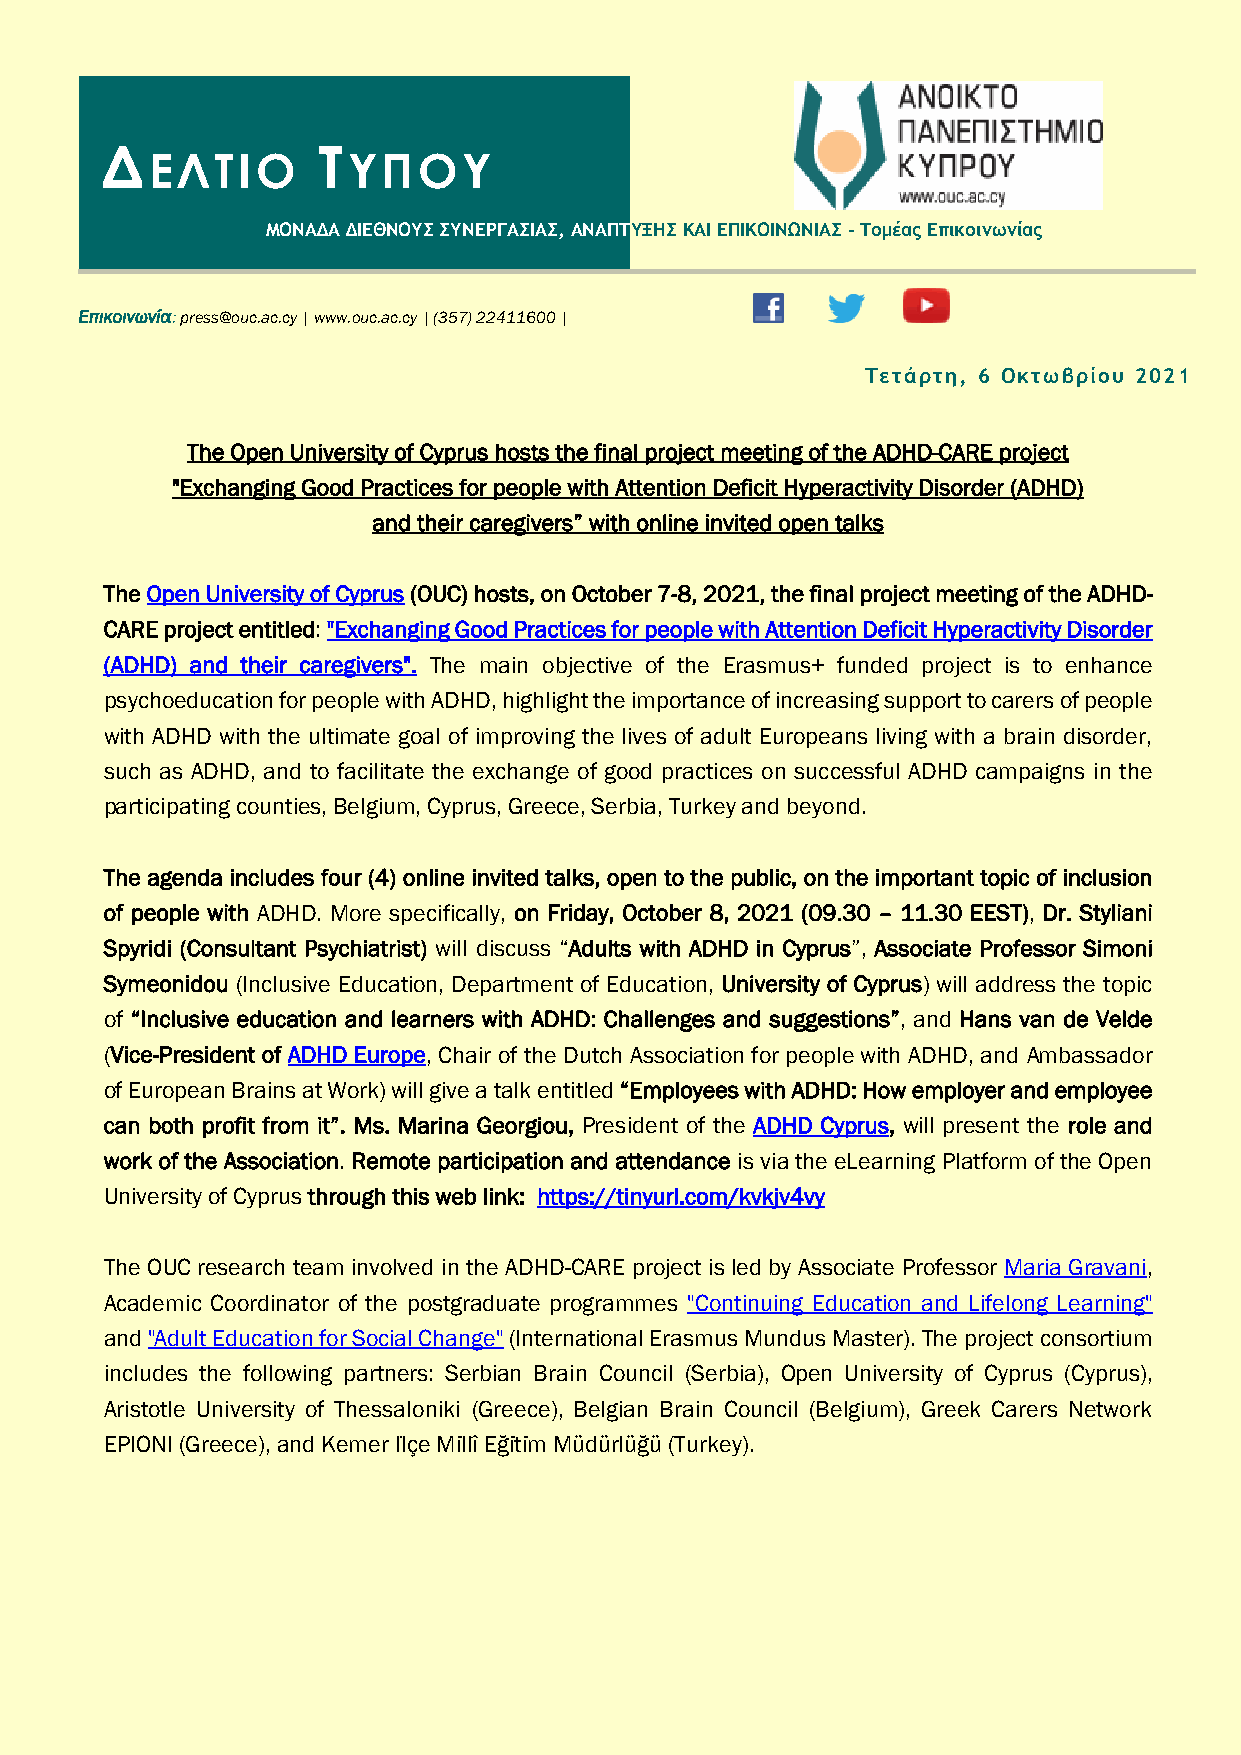
Δ             Τ
 ΕΛΤΙΟ        ΥΠΟΥ
 ΜΟΝΑΔΑ ΔΙΕΘΝΟΥΣ ΣΥΝΕΡΓΑΣΙΑΣ, ΑΝΑΠΤΥΞΗΣ ΚΑΙ ΕΠΙΚΟΙΝΩΝΙΑΣ - Τομέας Επικοινωνίας
 Επικοινωνία: press@ouc.ac.cy | www.ouc.ac.cy | (357) 22411600 |
 Τετάρτη, 6 Οκτωβρίου 2021
 The Open University of Cyprus hosts the final project meeting of the ADHD-CARE project
 "Exchanging Good Practices for people with Attention Deficit Hyperactivity Disorder (ADHD)
 and their caregivers” with online invited open talks
 The Open University of Cyprus (OUC) hosts, on October 7-8, 2021, the final project meeting of the ADHD-
 CARE project entitled: "Exchanging Good Practices for people with Attention Deficit Hyperactivity Disorder
 (ADHD) and their caregivers". The main objective of the Erasmus+ funded project is to enhance
 psychoeducation for people with ADHD, highlight the importance of increasing support to carers of people
 with ADHD with the ultimate goal of improving the lives of adult Europeans living with a brain disorder,
 such as ADHD, and to facilitate the exchange of good practices on successful ADHD campaigns in the
 participating counties, Belgium, Cyprus, Greece, Serbia, Turkey and beyond.
 The agenda includes four (4) online invited talks, open to the public, on the important topic of inclusion
 of people with ADHD. More specifically, on Friday, October 8, 2021 (09.30 – 11.30 EEST), Dr. Styliani
 Spyridi (Consultant Psychiatrist) will discuss “Adults with ADHD in Cyprus”, Associate Professor Simoni
 Symeonidou (Inclusive Education, Department of Education, University of Cyprus) will address the topic
 of “Inclusive education and learners with ADHD: Challenges and suggestions”, and Hans van de Velde
 (Vice-President of ADHD Europe, Chair of the Dutch Association for people with ADHD, and Ambassador
 of European Brains at Work) will give a talk entitled “Employees with ADHD: How employer and employee
 can both profit from it”. Ms. Marina Georgiou, President of the ADHD Cyprus, will present the role and
 work of the Association. Remote participation and attendance is via the eLearning Platform of the Open
 University of Cyprus through this web link: https://tinyurl.com/kvkjv4vy
 The OUC research team involved in the ADHD-CARE project is led by Associate Professor Maria Gravani,
 Academic Coordinator of the postgraduate programmes "Continuing Education and Lifelong Learning"
 and "Adult Education for Social Change" (International Erasmus Mundus Master). The project consortium
 includes the following partners: Serbian Brain Council (Serbia), Open University of Cyprus (Cyprus),
 Aristotle University of Thessaloniki (Greece), Belgian Brain Council (Belgium), Greek Carers Network
 EPIONI (Greece), and Kemer İlçe Mi̇llî Eği̇ti̇m Müdürlüğü (Turkey).